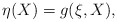
\begin{align*}\eta(X) = g(\xi , X),\end{align*}